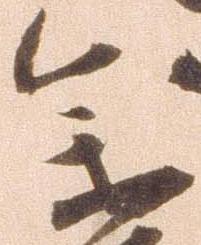
参